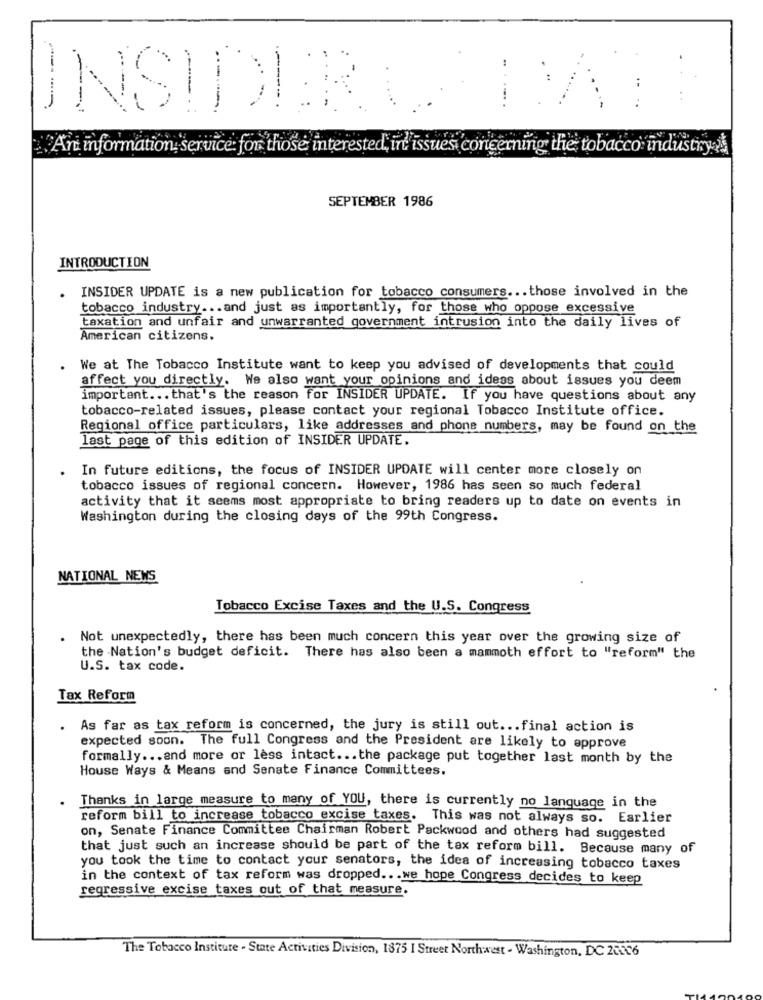
----
----
--
.....
..
INSIDERS BATH
-
--
An information service: for those interested, in issues concerning the tobacco industry
SEPTEMBER 1986
INTRODUCTION
INSIDER UPDATE is a new publication for tobacco consumers ... those involved in the
tobacco industry ... and just as importantly, for those who oppose excessive
taxation and unfair and unwarranted government intrusion into the daily lives of
American citizens.
. We at The Tobacco Institute want to keep you advised of developments that could
affect you directly. We also want your opinions and ideas about issues you deem
important ... that's the reason for INSIDER UPDATE. If you have questions about any
tobacco-related issues, please contact your regional Tobacco Institute office.
Regional office particulars, like addresses and phone numbers, may be found on the
last page of this edition of INSIDER UPDATE.
In future editions, the focus of INSIDER UPDATE will center more closely on
tobacco issues of regional concern. However, 1986 has seen so much federal
activity that it seems most appropriate to bring readers up to date on events in
Washington during the closing days of the 99th Congress.
NATIONAL NEWS
Tobacco Excise Taxes and the U.S. Congress
.Not unexpectedly, there has been much concern this year over the growing size of
the Nation's budget deficit. There has also been a mammoth effort to "reform" the
U.S. tax code.
Tax Reform
. As far as tax reform is concerned, the jury is still out ... final action is
expected soon. The full Congress and the President are likely to approve
formally ... and more or less intact ... the package put together last month by the
House Ways & Means and Senate Finance Committees.
. Thanks in large measure to many of YOU, there is currently no language in the
reform bill to increase tobacco excise taxes. This was not always so. Earlier
on, Senate Finance Committee Chairman Robert Packwood and others had suggested
that just such an increase should be part of the tax reform bill. Because many of
you took the time to contact your senators, the idea of increasing tobacco taxes
in the context of tax reform was dropped .. . we hope Congress decides to keep
regressive excise taxes out of that measure.
The Tobacco Institute . State Activities Division, 1875 I Street Northwest - Washington, DC 233-6